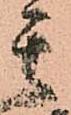
其